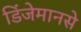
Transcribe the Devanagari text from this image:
डिंजेमानसे